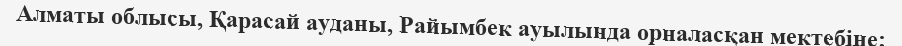
Алматы облысы, Қарасай ауданы, Райымбек ауылында орналасқан мектебіне;